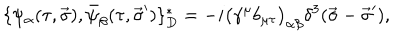
LaTeX: \{ \psi _ { \alpha } ( \tau , \vec { \sigma } ) , \bar { \psi } _ { \beta } ( \tau , \vec { \sigma } ^ { \prime } ) \} _ { D } ^ { \ast } = - i \big ( \gamma ^ { \mu } b _ { \mu \tau } \big ) _ { \alpha \beta } \delta ^ { 3 } ( \vec { \sigma } - \vec { \sigma } ^ { \prime } ) ,